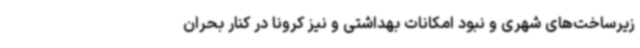
زیرساخت‌های شهری و نبود امکانات بهداشتی و نیز کرونا در کنار بحران